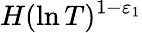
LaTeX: H(\ln T)^{1-\varepsilon_{1}}